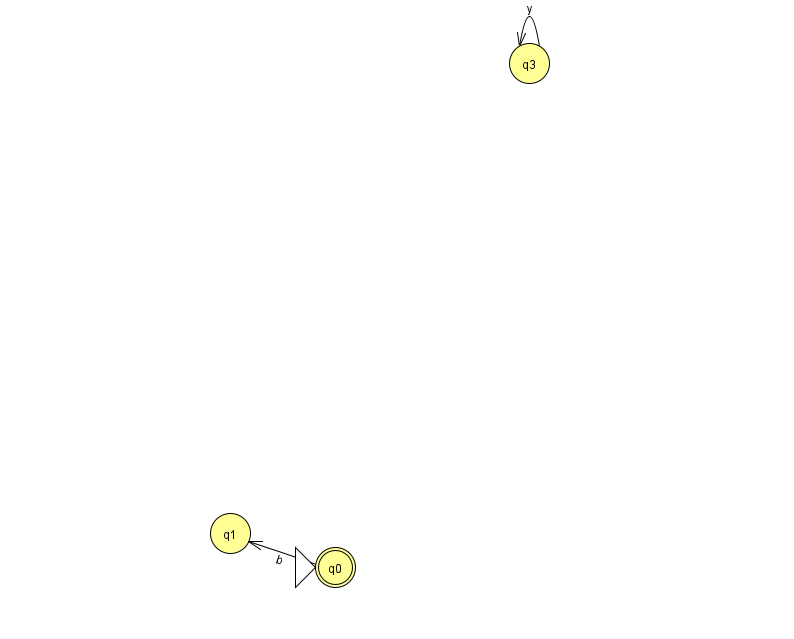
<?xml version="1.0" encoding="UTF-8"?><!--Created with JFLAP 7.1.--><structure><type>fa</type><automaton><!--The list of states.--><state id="0" name="q0"><x>335.0</x><y>554.0</y><initial/><final/></state><state id="1" name="q1"><x>230.0</x><y>520.0</y></state><state id="3" name="q3"><x>529.0</x><y>50.0</y></state><!--The list of transitions.--><transition><from>3</from><to>3</to><read>y</read></transition><transition><from>0</from><to>1</to><read>b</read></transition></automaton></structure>